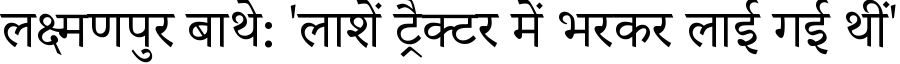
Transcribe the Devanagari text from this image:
लक्ष्मणपुर बाथे: 'लाशें ट्रैक्टर में भरकर लाई गई थीं'